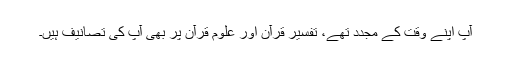
آپ اپنے وقت کے مجدد تھے، تفسیرِ قرآن اور علوم قرآن پر بھی آپ کی تصانیف ہیں۔